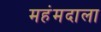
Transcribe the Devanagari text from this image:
महंमदाला